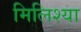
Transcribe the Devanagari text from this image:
मिलिश्या